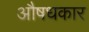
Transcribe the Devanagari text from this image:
औषधकार